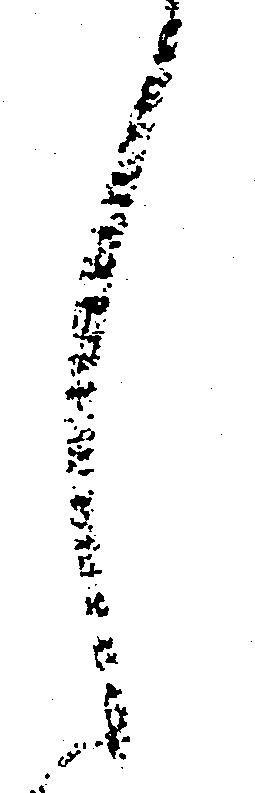
し